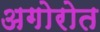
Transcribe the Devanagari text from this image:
अगोरोत